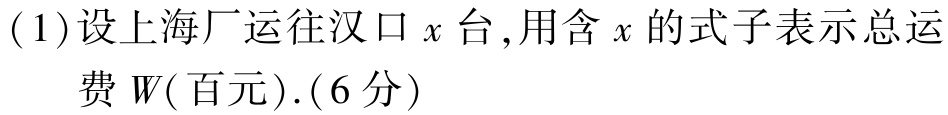
(1)设上海厂运往汉口\(x\)台,用含\(x\)的式子表示总运费\(W(\)百元\().(6\)分\()\)